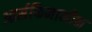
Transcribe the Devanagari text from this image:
आर्सफिनामीन